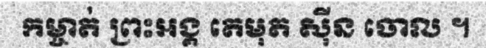
កម្ចាត់ ព្រះអង្គ តេមុត ស៊ីន ចោល ។